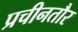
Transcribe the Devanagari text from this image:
प्रचीनतौर